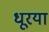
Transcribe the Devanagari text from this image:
धूरया